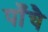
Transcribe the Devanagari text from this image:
पाँचै